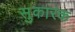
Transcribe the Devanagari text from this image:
सुकारक